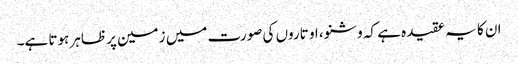
ان کا یہ عقیدہ ہے کہ وشنو، او تاروں کی صورت میں زمین پر ظاہر ہوتا ہے۔